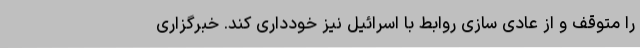
را متوقف و از عادی سازی روابط با اسرائیل نیز خودداری کند. خبرگزاری